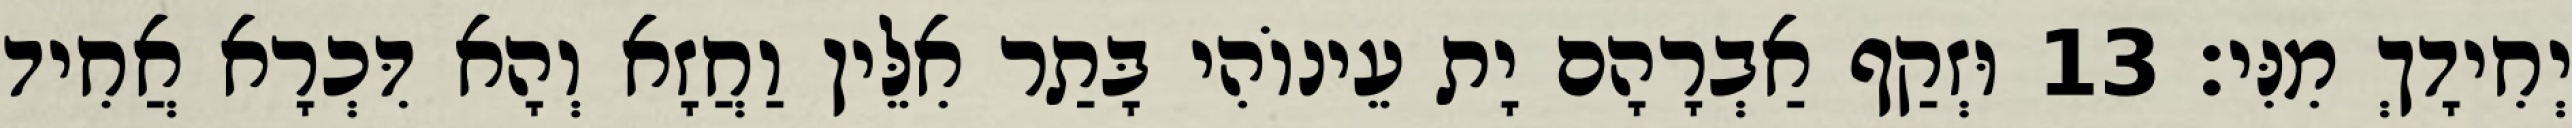
יְחִידָךְ מִנִּי׃ 13 וּזְקַף אַבְרָהָם יָת עֵינוֹהִי בָּתַר אִלֵּין וַחֲזָא וְהָא דִּכְרָא אֲחִיד